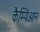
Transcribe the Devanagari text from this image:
कैम्पिओन